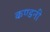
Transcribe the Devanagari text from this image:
कण्डनी